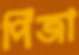
পিঁজা